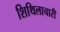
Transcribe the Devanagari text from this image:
शिथिलाचारी